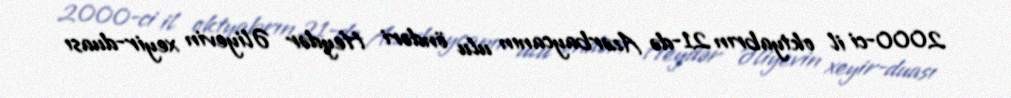
2000-ci il oktyabrın 21-də Azərbaycanın ulu öndəri Heydər Əliyevin xeyir-duası